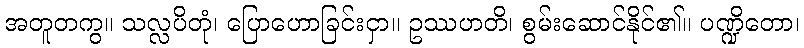
အတူတကွ။ သလ္လပိတုံ၊ ပြောဟောခြင်းငှာ။ ဥဿဟတိ၊ စွမ်းဆောင်နိုင်၏။ ပဏ္ဍိတော၊